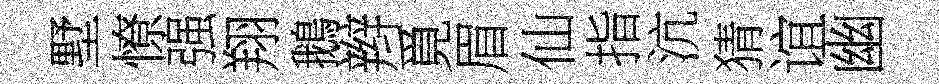
墅憭强翔鵝辫覓眉仙指沆猜谊幽